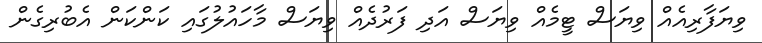
ވިޔަފާރިއެެއް ވިޔަސް ޓީމެއް ވިޔަސް އަދި ފަރުދެއް ވިޔަސް މާހައުލުގައި ކަންކަން އެބުރިގެން